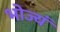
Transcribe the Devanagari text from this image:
भोज्यं